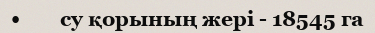
•        су қорының жері - 18545 га